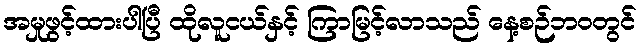
အမှုဖွင့်ထားပါပြီ ထိုလူငယ်နှင့် ကြာမြင့်လာသည် နေ့စဉ်ဘ၀တွင်